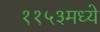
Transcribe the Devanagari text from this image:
११५३मध्ये